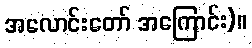
အလောင်းတော် အကြောင်း)။